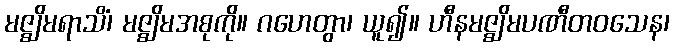
မဇ္ဈိမရာသိံ၊ မဇ္ဈိမအစုကို။ ဂဟေတွာ၊ ယူ၍။ ဟီနမဇ္ဈိမပဏီတဝသေန၊